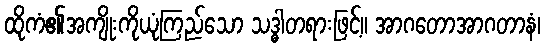
ထိုကံ၏အကျိုးကိုယုံကြည်သော သဒ္ဓါတရားဖြင့်။ အာဂတောအာဂတာနံ၊